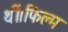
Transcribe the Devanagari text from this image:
थीं।फिल्म